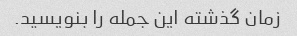
زمان گذشته این جمله را بنویسید.